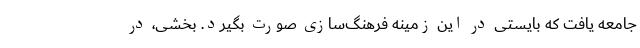
جامعه یافت که بایستی در این زمینه فرهنگ‌سازی صورت بگیرد. بخشی، در